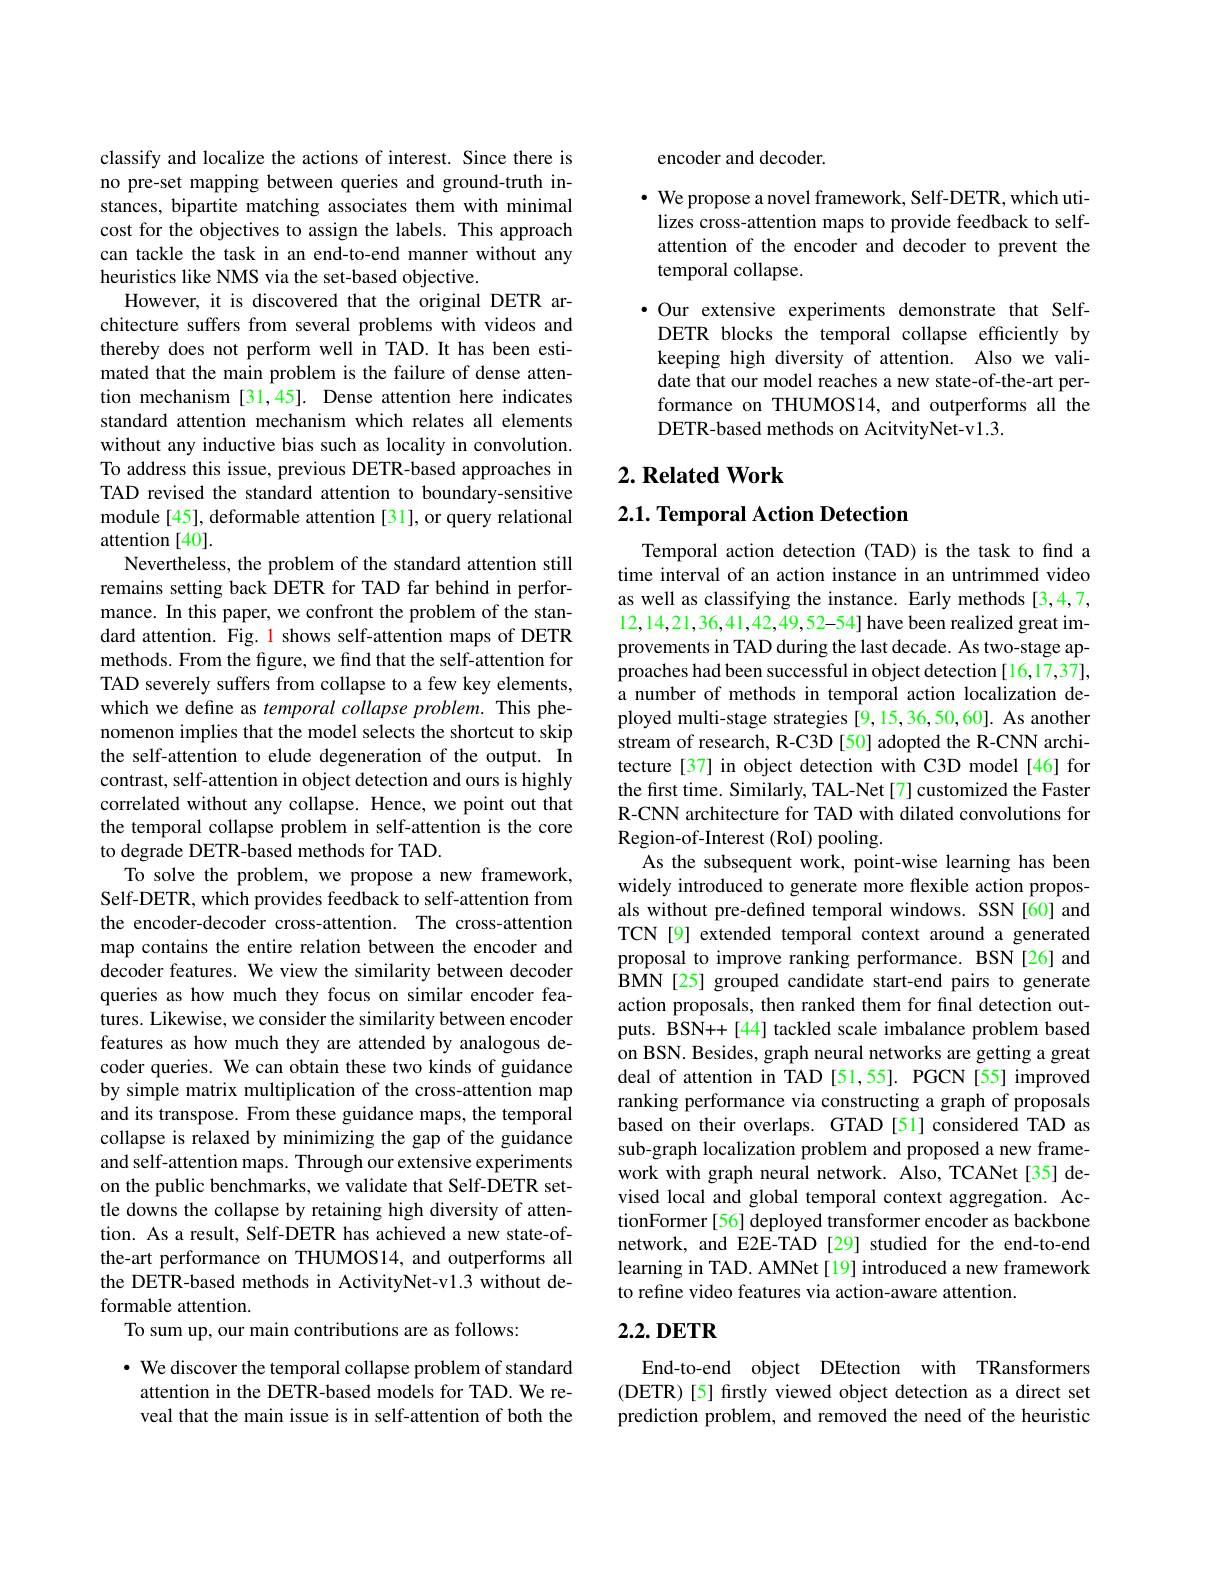
classify and localize the actions of interest. Since there is no pre-set mapping between queries and ground-truth instances, bipartite matching associates them with minimal cost for the objectives to assign the labels. This approach can tackle the task in an end-to-end manner without any heuristics like NMS via the set-based objective.
However, it is discovered that the original DETR architecture suffers from several problems with videos and thereby does not perform well in TAD. It has been estimated that the main problem is the failure of dense attention mechanism [31,45]. Dense attention here indicates standard attention mechanism which relates all elements without any inductive bias such as locality in convolution. To address this issue, previous DETR-based approaches in TAD revised the standard attention to boundary-sensitive module [45], deformable attention [31], or query relational attention [40].
Nevertheless, the problem of the standard attention still remains setting back DETR for TAD far behind in performance. In this paper, we confront the problem of the standard attention. Fig. l shows self-attention maps of DETR methods. From the figure, we find that the self-attention for TAD severely suffers from collapse to a few key elements, which we define as temporal collapse problem. This phenomenon implies that the model selects the shortcut to skip the self-attention to elude degeneration of the output. In contrast, self-attention in object detection and ours is highly correlated without any collapse. Hence, we point out that the temporal collapse problem in self-attention is the core to degrade DETR-based methods for TAD.
To solve the problem, we propose a new framework, Self-DETR, which provides feedback to self-attention from the encoder-decoder cross-attention. The cross-attention map contains the entire relation between the encoder and decoder features. We view the similarity between decoder queries as how much they focus on similar encoder features. Likewise, we consider the similarity between encoder features as how much they are attended by analogous decoder queries. We can obtain these two kinds of guidance by simple matrix multiplication of the cross-attention map and its transpose. From these guidance maps, the temporal collapse is relaxed by minimizing the gap of the guidance and self-attention maps. Through our extensive experiments on the public benchmarks, we validate that Self-DETR settle downs the collapse by retaining high diversity of attention. As a result, Self-DETR has achieved a new state-ofthe-art performance on THUMOS14, and outperforms all the DETR-based methods in ActivityNet-v1.3 without deformable attention.
To sum up, our main contributions are as follows:

$\cdot$ We discover the temporal collapse problem of standard attention in the DETR-based models for TAD. We reveal that the main issue is in self-attention of both the

encoder and decoder.

$\cdot$ We propose a novel framework, Self-DETR, which utilizes cross-attention maps to provide feedback to selfattention of the encoder and decoder to prevent the temporal collapse.

·Our extensive experiments demonstrate that SelfDETR blocks the temporal collapse efficiently by keeping high diversity of attention. Also we validate that our model reaches a new state-of-the-art performance on THUMOS14, and outperforms all the DETR-based methods on AcitvityNet-v1.3.

## $2. \textbf{Related Work}$

$2. 1. \textbf{ Temporal Action Detection}$

Temporal action detection (TAD) is the task to find a time interval of an action instance in an untrimmed video as well as classifying the instance. Early methods [3,4,7, 12,14,21,36,41,42,49,52-54] have been realized great improvements in TAD during the last decade. As two-stage approaches had been successful in object detection[16,17,37], a number of methods in temporal action localization deployed multi-stage strategies [9,15,36,50,60]. As another stream of research, R-C3D [50] adopted the R-CNN architecture[37] in object detection with C3D model [46] for the first time. Similarly, TAL-Net[7] customized the Faster R-CNN architecture for TAD with dilated convolutions for Region-of-Interest (RoI) pooling.
As the subsequent work, point-wise learning has been widely introduced to generate more flexible action proposals without pre-defined temporal windows. SSN[60] and TCN[9] extended temporal context around a generated proposal to improve ranking performance. BSN[26] and BMN [25] grouped candidate start-end pairs to generate action proposals, then ranked them for final detection outputs. BSN++[44] tackled scale imbalance problem based on BSN. Besides, graph neural networks are getting a great deal of attention in TAD [51,55]. PGCN [55] improved ranking performance via constructing a graph of proposals based on their overlaps. GTAD [51] considered TAD as sub-graph localization problem and proposed a new framework with graph neural network. Also, TCANet[35] devised local and global temporal context aggregation. ActionFormer [56] deployed transformer encoder as backbone network, and E2E-TAD [29] studied for the end-to-end learning in TAD. AMNet[19] introduced a new framework to refine video features via action-aware attention.
2.2. DETR

End-to-end object DEtection with TRansformers (DETR)[5] firstly viewed object detection as a direct set prediction problem, and removed the need of the heuristic